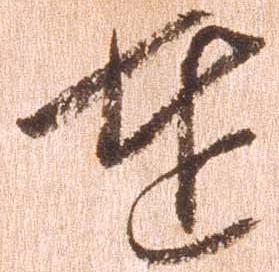
達